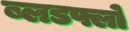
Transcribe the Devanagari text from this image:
ब्लडफ्लो